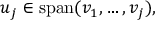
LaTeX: u _ { j } \in \operatorname { s p a n } ( v _ { 1 } , \ldots , v _ { j } ) ,